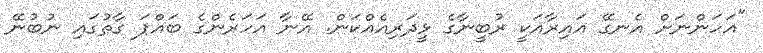
"އަހަންނަށް އެނގޭ އައިރާއަކީ ރުބީނާގެ ޅީދަރިއެއްކަން. އޭނާ އަހަރެންގެ ބައްޕަ ގާތުގައި ނުބުނޭ